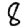
Digit: 8